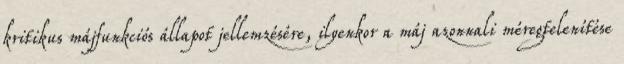
kritikus májfunkciós állapot jellemzésére, ilyenkor a máj azonnali méregtelenítése